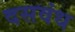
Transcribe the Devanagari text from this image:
दसवंध